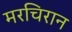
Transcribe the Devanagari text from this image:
मरचिरान